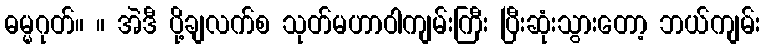
ဓမ္မဂုတ်။ ။ အဲဒီ ပို့ချလက်စ သုတ်မဟာဝါကျမ်းကြီး ပြီးဆုံးသွားတော့ ဘယ်ကျမ်း